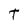
Character: t